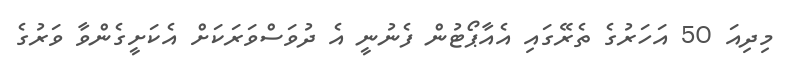
މިދިއަ 50 އަހަރުގެ ތެރޭގައި އެއާޕޯޓުން ފެނުނީ އެ ދުވަސްވަރަކަށް އެކަށީގެންވާ ވަރުގެ